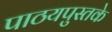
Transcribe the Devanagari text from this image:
पाठयपुस्तके